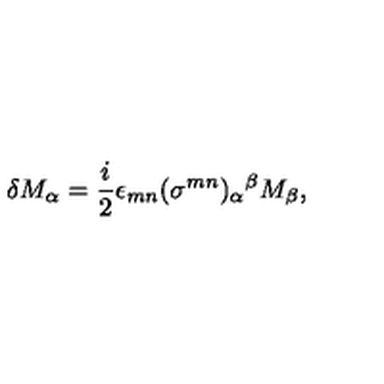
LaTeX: \delta M _ { \alpha } = \frac { i } { 2 } \epsilon _ { m n } ( \sigma ^ { m n } ) _ { \alpha } { } ^ { \beta } M _ { \beta } ,